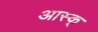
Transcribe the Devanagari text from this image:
आस्क्